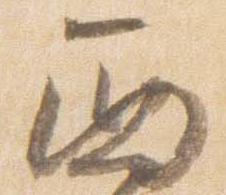
西